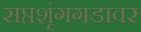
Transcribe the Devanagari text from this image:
सप्तशृंगगडावर